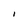
Character: i